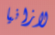
لازانيا